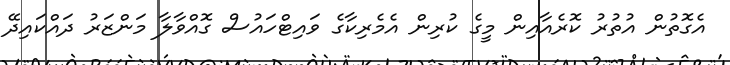
އެގޮތުން އުތުރު ކޮރެއާއިން މީގެ ކުރިން އެމެރިކާގެ ވައިޓްހައުސް ގޮއްވާލާ މަންޒަރު ދައްކައިދޭ